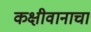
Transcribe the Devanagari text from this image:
कक्षीवानाचा